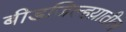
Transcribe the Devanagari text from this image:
बीडजिल्हय़ातील